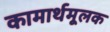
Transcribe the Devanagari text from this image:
कामार्थमूलक